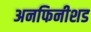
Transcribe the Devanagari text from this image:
अनफिनीशड